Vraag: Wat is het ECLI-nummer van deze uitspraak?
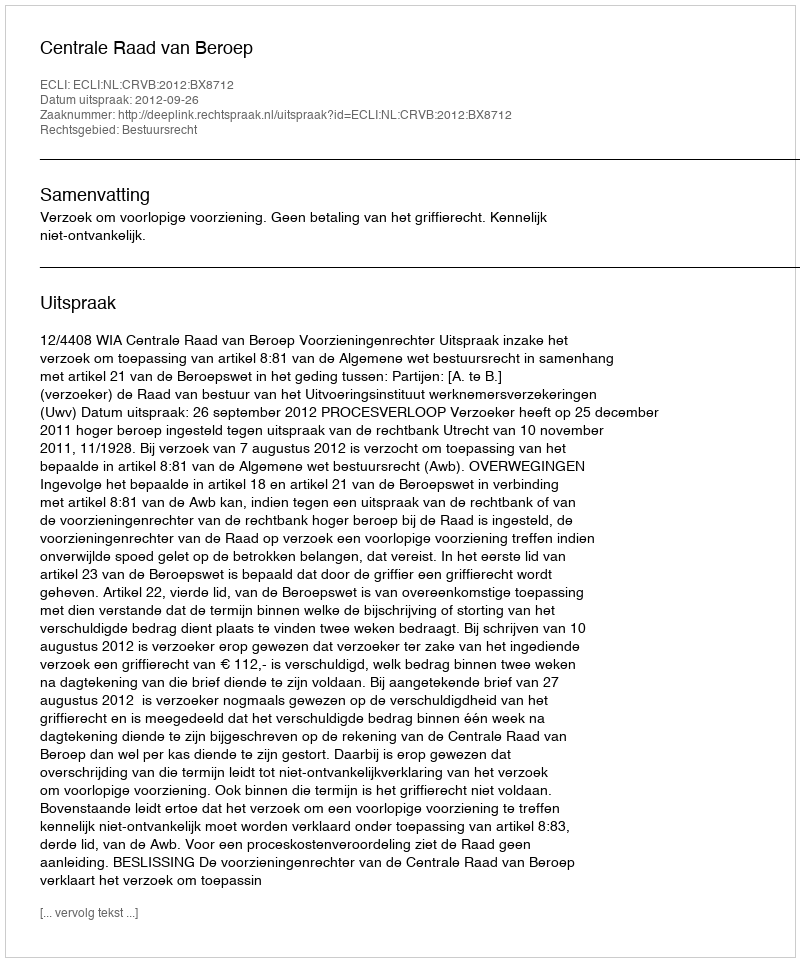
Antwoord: ECLI:NL:CRVB:2012:BX8712